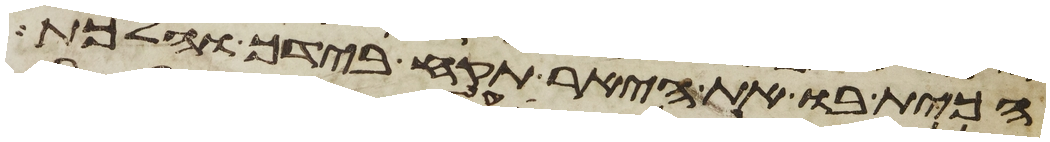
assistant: הכית בו את היאר תקח בידך והלכת